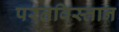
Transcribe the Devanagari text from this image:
परतविस्तान